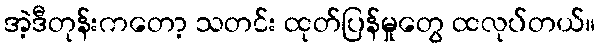
အဲ့ဒီတုန်းကတော့ သတင်း ထုတ်ပြန်မှုတွေ ထလုပ်တယ်။